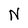
Character: N